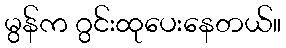
မွန်က ဂွင်းထုပေးနေတယ်။